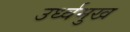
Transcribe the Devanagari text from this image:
उर्ध्वमुख